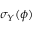
\sigma _ { Y } ( \phi )